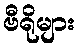
ဗီရိုများ